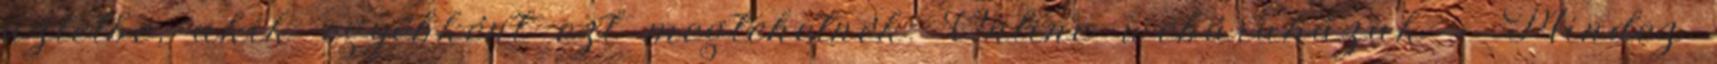
üzletbe, akik egyébként ezt megtehetnék. Online webáruházak – Mindez